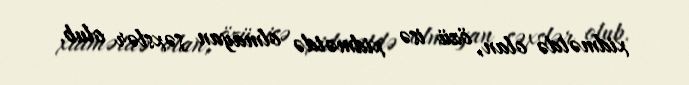
xidmətdə olan, özü isə xidmətdə olmayan şəxslər olub.